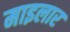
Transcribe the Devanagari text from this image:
माइलार